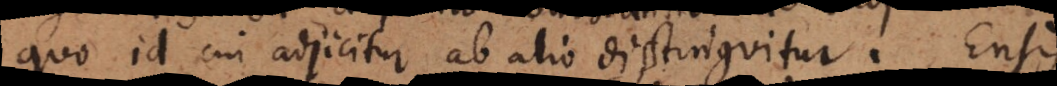
quo id cui adjicitur ab alio distinguitur. Ensis